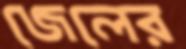
জেলের